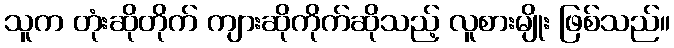
သူက တုံးဆိုတိုက် ကျားဆိုကိုက်ဆိုသည့် လူစားမျိုး ဖြစ်သည်။